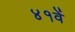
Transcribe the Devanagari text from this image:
४१वें